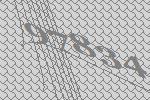
97834